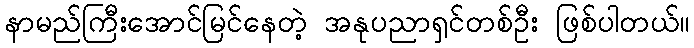
နာမည်ကြီးအောင်မြင်နေတဲ့ အနုပညာရှင်တစ်ဦး ဖြစ်ပါတယ်။